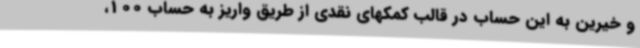
و خیرین به این حساب در قالب کمکهای نقدی از طریق واریز به حساب 100،